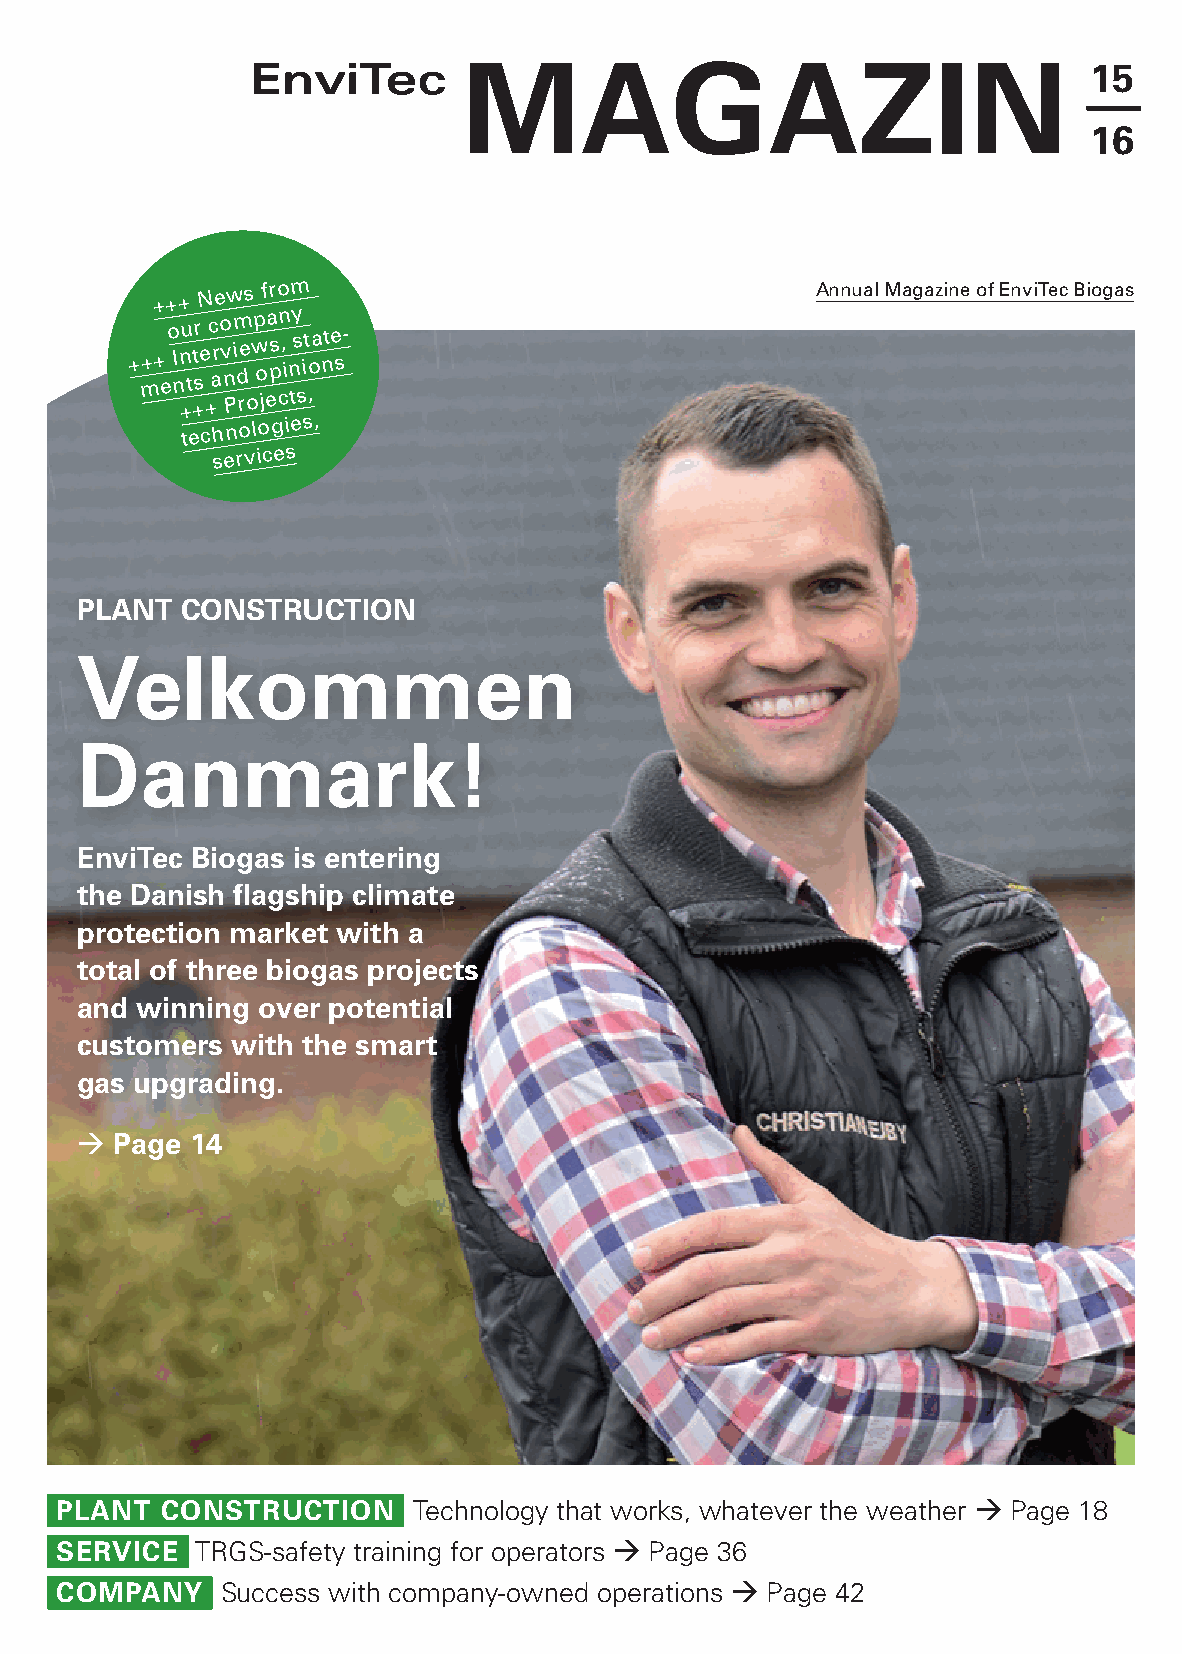
maGazin                                  15
 16
 +++
 News
 from
 Annual Magazine of EnviTec Biogas
 + m++
 e
 o I nn +u tt +sr e +c ar o v n Pim d re
 o
 wp o jea s p cn , i n ty s si t ,oa nte s-
 technologies,
 services
 Plant  construction
 velkommen
 Danmark!
 envitec Biogas is entering
 the Danish flagship climate
 protection market with a
 total of three biogas projects
 and winning over potential
 customers with the smart
 gas upgrading.
   Page 14
 Plant  construction    Technology that works, whatever the weather  Page 18
 service  TRGS-safety training for operators  Page 36
 comPany    Success with company-owned operations  Page 42
 61
 |
 51
 nizaGam
 ceTivnE
 sagoiB
 ceTivnE
 fo
 enizagam
 launnA